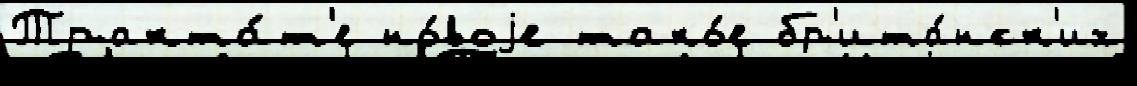
Тракта́т'е но́воjе тако́е бр'ита́нск'их